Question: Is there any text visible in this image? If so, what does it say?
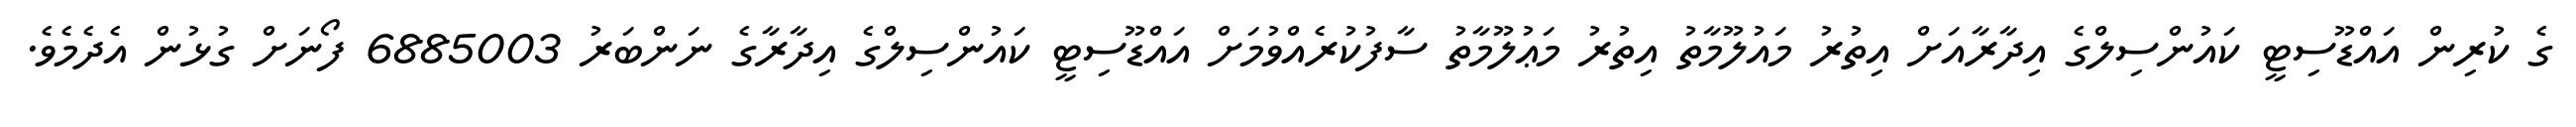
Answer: ގެ ކުރިން އައްޑޫސިޓީ ކައުންސިލްގެ އިދާރާއަށް އިތުރު މައުލޫމާތު އިތުރު މަޢުލޫމާތު ސާފުކުރެއްވުމަށް އައްޑޫސިޓީ ކައުންސިލްގެ އިދާރާގެ ނަންބަރު 6885003 ފޯނަށް ގުޅުން އެދެމެވެ.